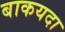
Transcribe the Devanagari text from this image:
बाकयदा